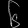
Digit: ၆